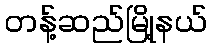
တန့်ဆည်မြို့နယ်